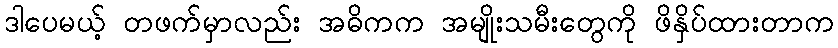
ဒါပေမယ့် တဖက်မှာလည်း အဓိကက အမျိုးသမီးတွေကို ဖိနှိပ်ထားတာက